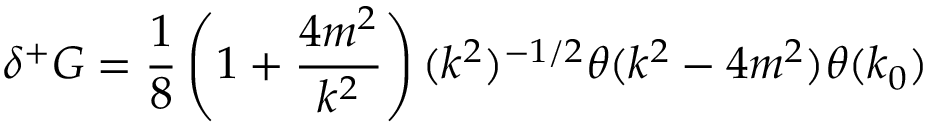
\delta ^ { + } G = \frac { 1 } { 8 } \left( 1 + \frac { 4 m ^ { 2 } } { k ^ { 2 } } \right) ( k ^ { 2 } ) ^ { - 1 / 2 } \theta ( k ^ { 2 } - 4 m ^ { 2 } ) \theta ( k _ { 0 } )